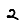
Digit: 2